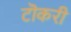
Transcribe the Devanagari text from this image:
टॊकरी